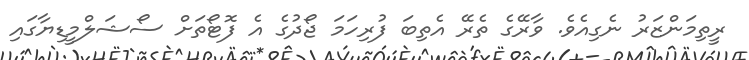
ރީތިމަންޒަރު ނެގިއެވެ. ވާރޭގެ ތެރޭ އެތިބަ ފުރިހަމަ ޖޯދުގެ އެ ފޮޓޯތަށް ސޯޝަލްމީޑިޔާގައި